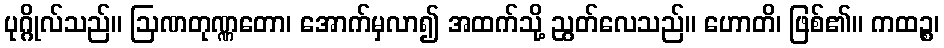
ပုဂ္ဂိုလ်သည်။ ဩဏတုဏ္ဏတော၊ အောက်မှလာ၍ အထက်သို့ ညွတ်လေသည်။ ဟောတိ၊ ဖြစ်၏။ ကထဉ္စ၊